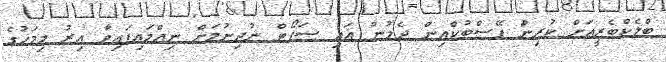
ބްލެކްބެރީއަށް ކުރިން ފޭސްބުކްއިން ދެމުން އައި ސަޕޯޓް ނުދިނުމަށް ނިއްމައިފައިވާ އިރު މިމަހުގެ